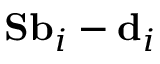
\mathbf { S } \mathbf { b } _ { i } - \mathbf { d } _ { i }